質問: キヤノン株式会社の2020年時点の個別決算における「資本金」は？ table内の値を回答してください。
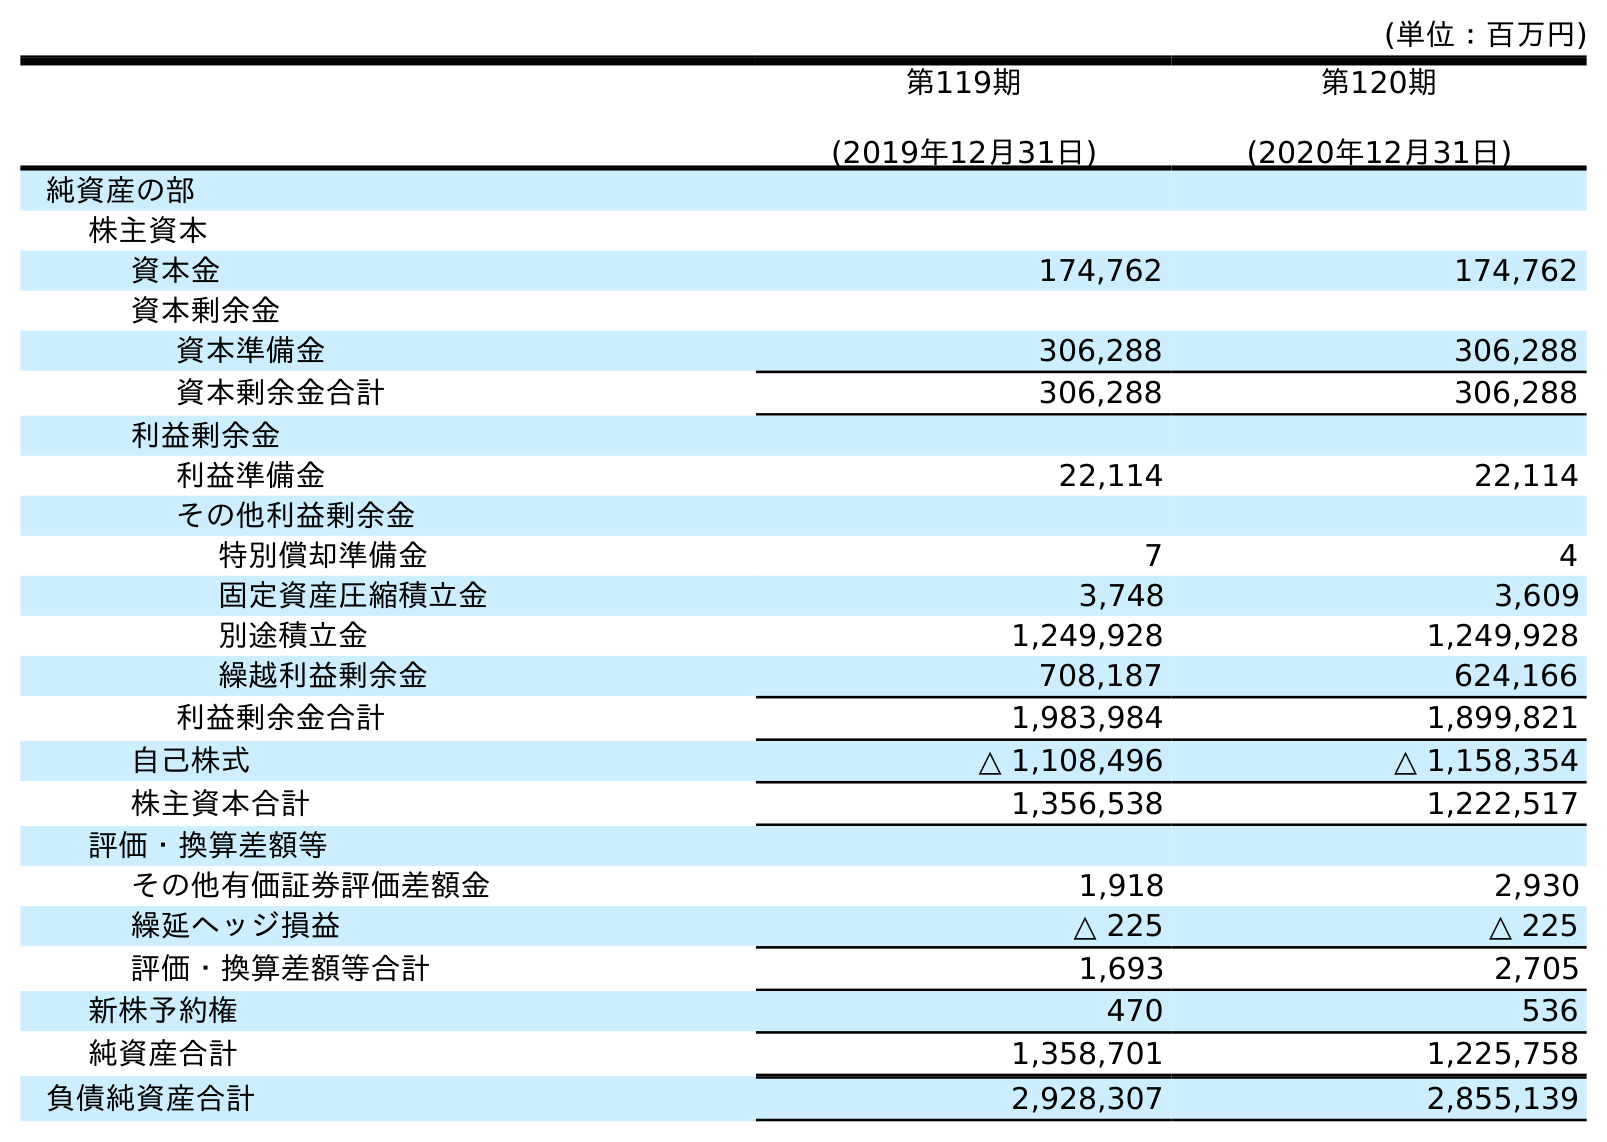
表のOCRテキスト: (単位：百万円) 第119期 (2019年12月31日) 第120期 (2020年12月31日) 純資産の部 株主資本 資本金 174,762 174,762 資本剰余金 資本準備金 306,288 306,288 資本剰余金合計 306,288 306,288 利益剰余金 利益準備金 22,114 22,114 その他利益剰余金 特別償却準備金 7 4 固定資産圧縮積立金 3,748 3,609 別途積立金 1,249,928 1,249,928 繰越利益剰余金 708,187 624,166 利益剰余金合計 1,983,984 1,899,821 自己株式 △ 1,108,496 △ 1,158,354 株主資本合計 1,356,538 1,222,517 評価・換算差額等 その他有価証券評価差額金 1,918 2,930 繰延ヘッジ損益 △ 225 △ 225 評価・換算差額等合計 1,693 2,705 新株予約権 470 536 純資産合計 1,358,701 1,225,758 負債純資産合計 2,928,307 2,855,139
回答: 174,762